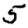
Digit: 5